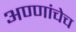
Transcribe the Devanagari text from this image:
अण्णांचेच